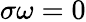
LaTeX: \sigma\omega=0